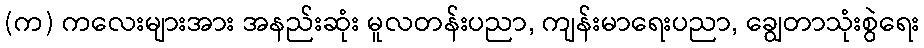
(က) ကလေးများအား အနည်းဆုံး မူလတန်းပညာ, ကျန်းမာရေးပညာ, ချွေတာသုံးစွဲရေး